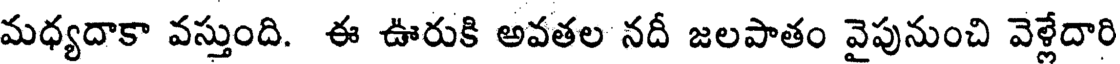
మధ్యదాకా వస్తుంది. ఈ ఊరుకి అవతల నదీ జలపాతం వైపునుంచి వెళ్లేదారి